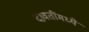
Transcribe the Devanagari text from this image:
दावतींमध्ये